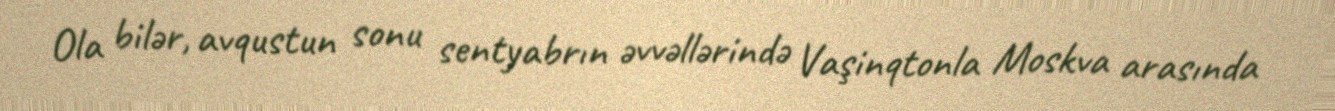
Ola bilər, avqustun sonu sentyabrın əvvəllərində Vaşinqtonla Moskva arasında